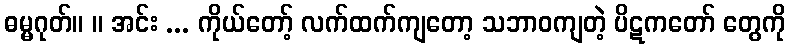
ဓမ္မဂုတ်။ ။ အင်း ... ကိုယ်တော့် လက်ထက်ကျတော့ သဘာဝကျတဲ့ ပိဋကတော် တွေကို